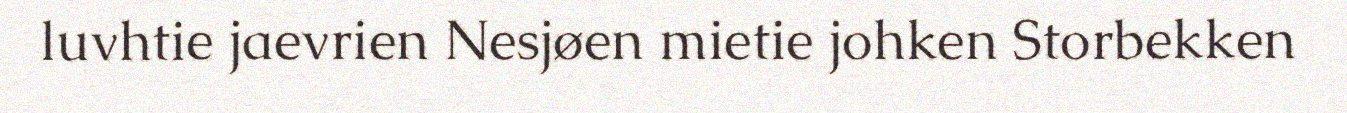
luvhtie jaevrien Nesjøen mietie johken Storbekken